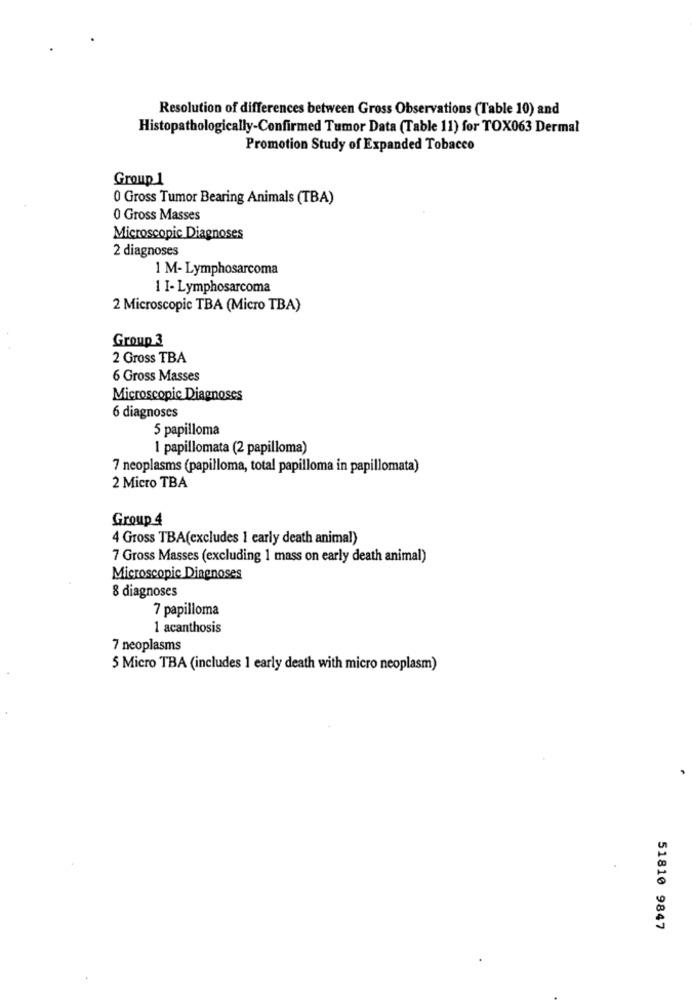
Resolution of differences between Gross Observations (Table 10) and
Histopathologically-Confirmed Tumor Data (Table 11) for TOX063 Dermal
Promotion Study of Expanded Tobacco
Group 1
0 Gross Tumor Bearing Animals (TBA)
0 Gross Masses
Microscopic Diagnoses
2 diagnoses
1 M- Lymphosarcoma
1 I- Lymphosarcoma
2 Microscopic TBA (Micro TBA)
Group 3
2 Gross TBA
6 Gross Masses
Microscopic Diagnoses
6 diagnoses
5 papilloma
1 papillomata (2 papilloma)
7 neoplasms (papilloma, total papilloma in papillomata)
2 Micro TBA
Group 4
4 Gross TBA(excludes 1 carly death animal)
7 Gross Masses (excluding 1 mass on early death animal)
Microscopic Diagnoses
8 diagnoses
7 papilloma
1 acanthosis
7 neoplasms
5 Micro TBA (includes 1 early death with micro neoplasm)
51810 9847